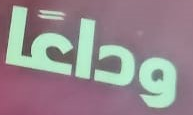
وداعا